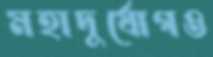
মহাদুর্যোগও